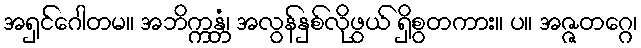
အရှင်ဂေါတမ။ အဘိက္ကန္တံ၊ အလွန်နှစ်လိုဖွယ် ရှိစွတကား။ ပ။ အဇ္ဇတဂ္ဂေ၊